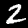
Label: 2